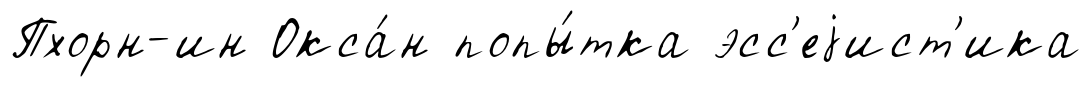
Пхорн-ин Окса́н попы́тка эсс'еjист'ика